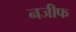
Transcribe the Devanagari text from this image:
नजीफ